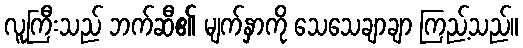
လူကြီးသည် ဘက်ဆီ၏ မျက်နှာကို သေသေချာချာ ကြည့်သည်။